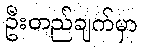
ဦးတည်ချက်မှာ